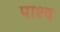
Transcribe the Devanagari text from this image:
पाश्व